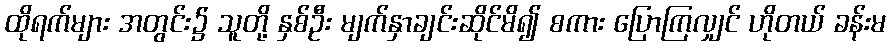
ထိုရက်များ အတွင်း၌ သူတို့ နှစ်ဦး မျက်နှာချင်းဆိုင်မိ၍ စကား ပြောကြလျှင် ဟိုတယ် ခန်းမ